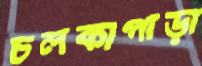
চলকাপাড়া